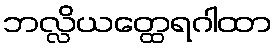
ဘလ္လိယတ္ထေရဂါထာ